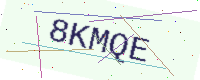
Text: 8KMQE